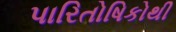
પારિતોષિકોથી